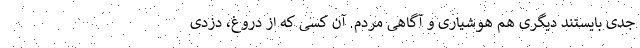
جدی بایستند دیگری هم هوشیاری و آگاهی مردم. آن کسی که از دروغ، دزدی